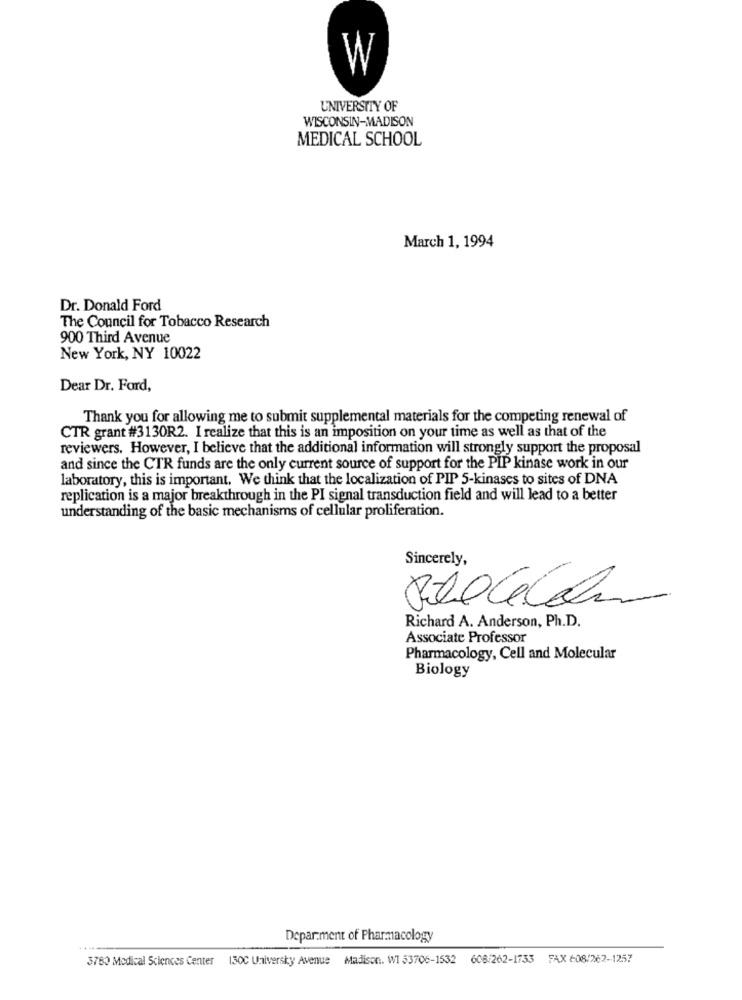
W
UNIVERSITY OF
WISCONSIN-MADISON
MEDICAL SCHOOL
March 1, 1994
Dr. Donald Ford
The Council for Tobacco Research
900 Third Avenue
New York, NY 10022
Dear Dr. Ford,
Thank you for allowing me to submit supplemental materials for the competing renewal of
CTR grant #3130R2. I realize that this is an imposition on your time as well as that of the
reviewers. However, I believe that the additional information will strongly support the proposal
and since the CTR funds are the only current source of support for the PIP kinase work in our
laboratory, this is important. We think that the localization of PIP 5-kinases to sites of DNA
replication is a major breakthrough in the PI signal transduction field and will lead to a better
understanding of the basic mechanisms of cellular proliferation.
Sincerely,
Richard A. Anderson, Ph.D.
Associate Professor
Pharmacology, Cell and Molecular
Biology
Department of Pharmacology
3780 Medical Sciences Center 130C University Avenue Madison, WI 53706-1532 606/262-1733 FAX (08/262-1257